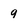
Character: 9